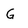
Character: G